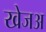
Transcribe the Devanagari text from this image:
खेजअ